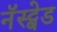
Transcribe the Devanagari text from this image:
नॅस्ट्वेड